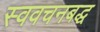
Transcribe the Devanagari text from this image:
स्ववचनबद्ध